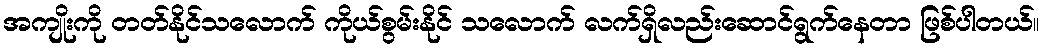
အကျိုးကို တတ်နိုင်သလောက် ကိုယ်စွမ်းနိုင် သလောက် လက်ရှိလည်းဆောင်ရွက်နေတာ ဖြစ်ပါတယ်။